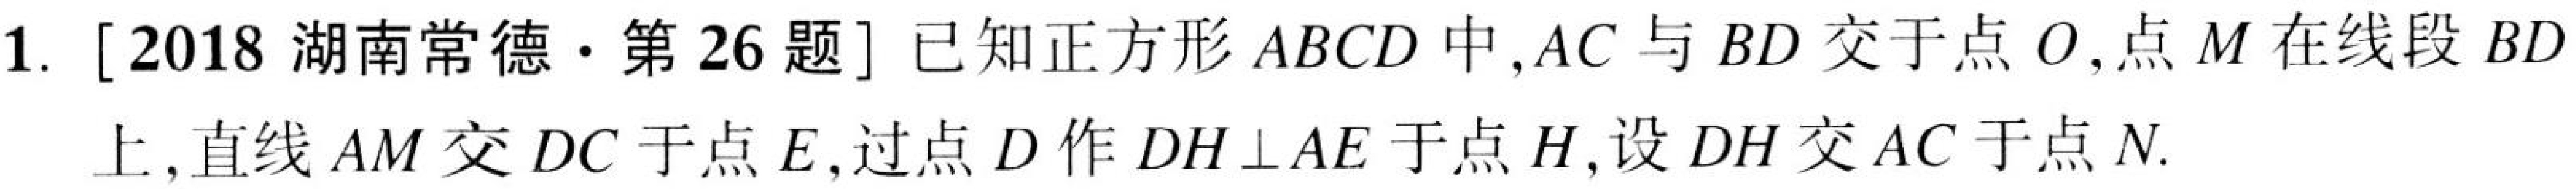
1. [2018湖南常德·第26题] 已知正方形\(ABCD\)中，\(AC\)与\(BD\)交于点\(O\)，点\(M\)在线段\(BD\)上，直线\(AM\)交\(DC\)于点\(E\)，过点\(D\)作\(DH\perp AE\)于点\(H\)，设\(DH\)交\(AC\)于点\(N\).